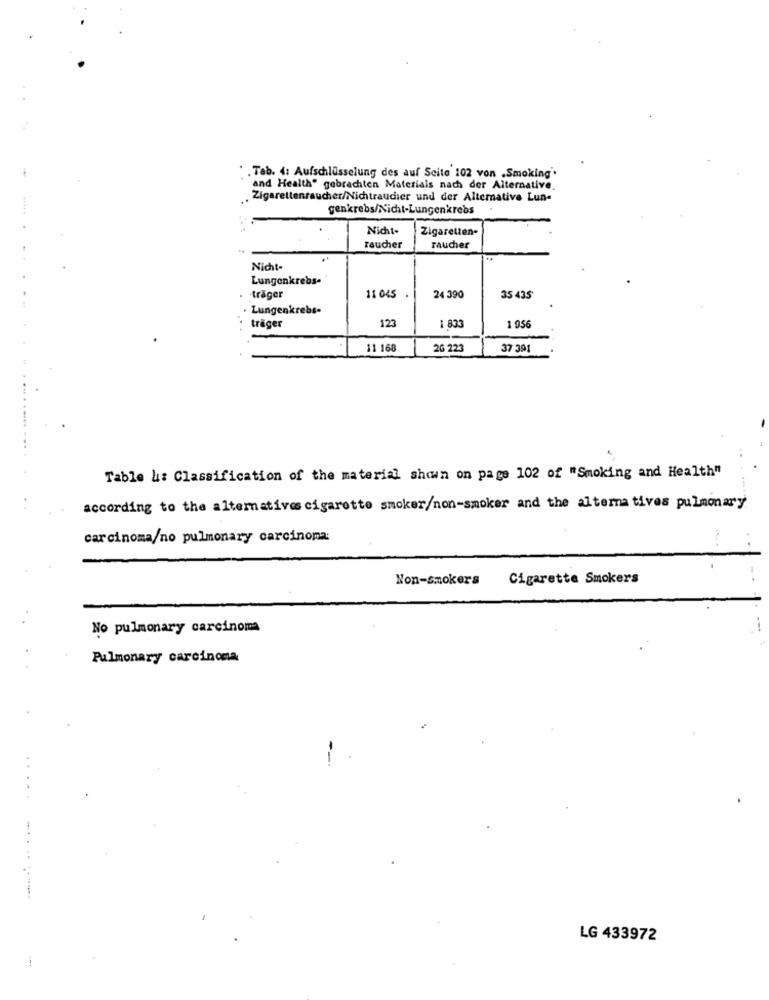
.. Tab. 4: Aufschlusselung des auf Seite 102 von .Smoking".
and Health" gebrachten Materials nach der Alternative
Zigarettenraucher/Nichtraudier und der Alternative Lun-
genkrebs/Nicht-Lungenkrebs
Nicht-
Zigaretten-
raucher
raucher
Nicht-
Lungenkrebs-
·träger
11 045
24 390
35 435'
Lungenkrebs.
1.9.56
träger
123
1 833
11 168
26 223
37 391
Table &: Classification of the material shown on page 102 of "Smoking and Health"
according to the alternatives cigarette smoker/non-smoker and the alterna tives pulmonary
carcinoma/no pulmonary carcinoma:
Non-smokers
Cigarette Smokers
No pulmonary carcinoma
Pulmonary carcinoma
-
LG 433972